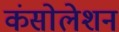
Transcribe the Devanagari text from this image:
कंसोलेशन